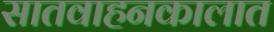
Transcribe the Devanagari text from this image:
सातवाहनकालात